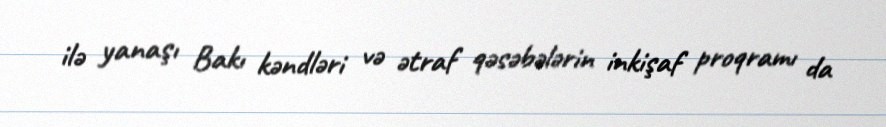
ilə yanaşı Bakı kəndləri və ətraf qəsəbələrin inkişaf proqramı da